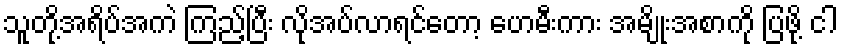
သူတို့အရိပ်အကဲ ကြည့်ပြီး လိုအပ်လာရင်တော့ ဟေမီးကား အမျိုးအစာကို ပြဖို့ ငါ